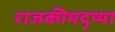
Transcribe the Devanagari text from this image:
राजकीयदृष्या